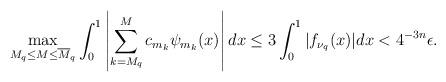
LaTeX: \begin{align*}\max_{M_q\leq M \leq \overline{M}_q}\int_0^1\left|\sum_{k=M_q}^Mc_{m_k}\psi_{m_k}(x)\right|dx\leq3\int_0^1|f_{\nu_q}(x)|dx<4^{-3n}\epsilon.\end{align*}